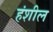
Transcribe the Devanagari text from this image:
हंशील